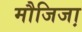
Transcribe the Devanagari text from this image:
मौजिजा़